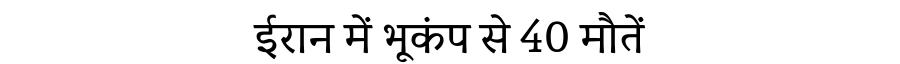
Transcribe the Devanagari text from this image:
ईरान में भूकंप से 40 मौतें